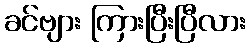
ခင်ဗျား ကြားပြီးပြီလား